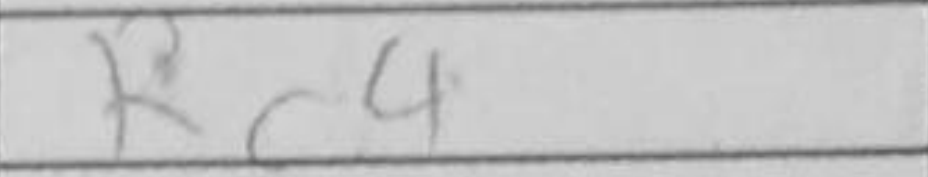
Transcription: Rc4